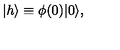
| h \rangle \equiv \phi ( 0 ) | 0 \rangle ,